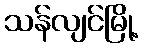
သန်လျင်မြို့